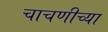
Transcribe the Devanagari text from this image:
चाचणीच्या